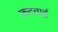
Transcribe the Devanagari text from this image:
कदवाई